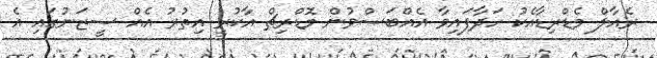
ރެއާލް މެޑްރިޑާއެކު ހަދާފައިވާ އެއްބަސްވުން މޮޑްރިޗް އާކުރީ އިތުރު އެއް ސީޒަނުގައި އެ